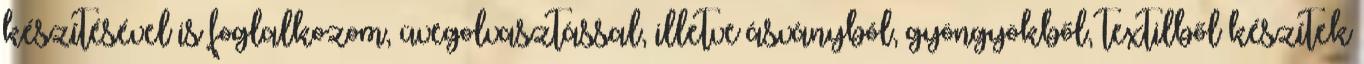
készítésével is foglalkozom, üvegolvasztással, illetve ásványból, gyöngyökből, textilből készítek